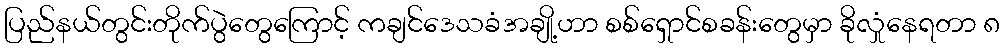
ပြည်နယ်တွင်းတိုက်ပွဲတွေကြောင့် ကချင်ဒေသခံအချို့ဟာ စစ်ရှောင်စခန်းတွေမှာ ခိုလှုံနေရတာ ၈